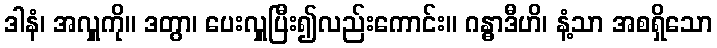
ဒါနံ၊ အလှူကို။ ဒတွာ၊ ပေးလှူပြီး၍လည်းကောင်း။ ဂန္ဓာဒီဟိ၊ နံ့သာ အစရှိသော